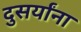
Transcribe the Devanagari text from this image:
दुसर्यांना